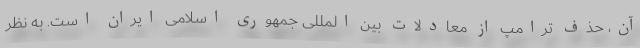
آن، حذف ترامپ از معادلات بین المللی جمهوری اسلامی ایران است. به نظر